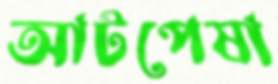
আটপেষা